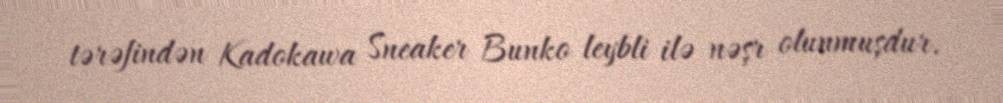
tərəfindən Kadokawa Sneaker Bunko leybli ilə nəşr olunmuşdur.